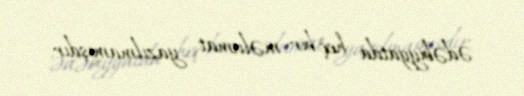
ədəbiyyatda heç bir məlumat yazılmamışdır.